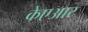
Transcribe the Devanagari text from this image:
केएआर